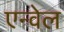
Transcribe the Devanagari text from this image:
एन्वेल